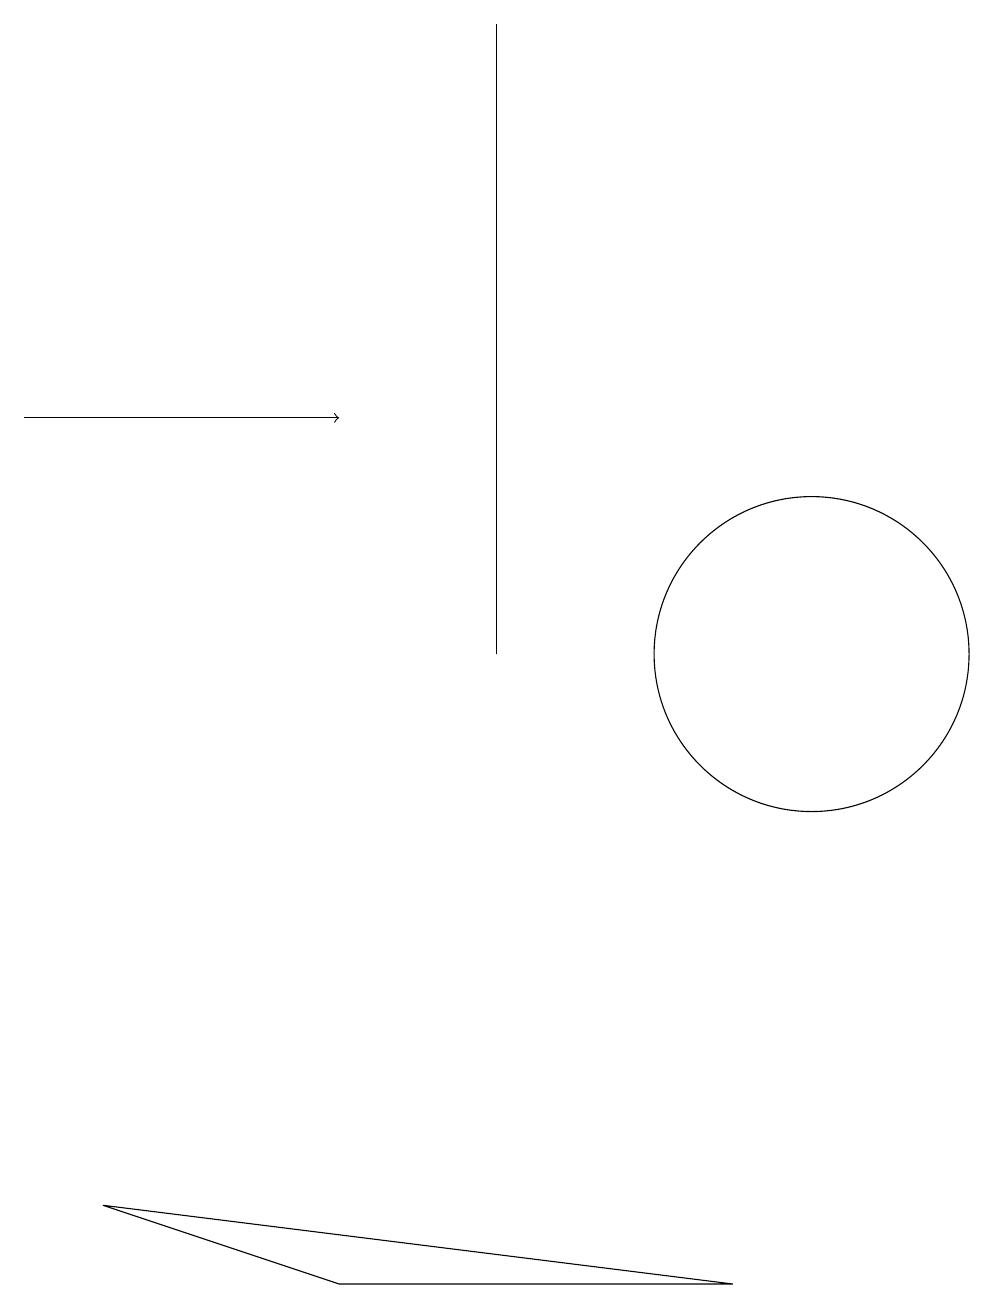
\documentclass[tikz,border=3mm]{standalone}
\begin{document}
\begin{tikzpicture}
\draw (6,10) rectangle (6,18);
\draw[->] (0,13) -- (4,13);
\draw (9,2) -- (1,3) -- (4,2) -- cycle;
\draw (10,10) circle (2);
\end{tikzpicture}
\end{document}